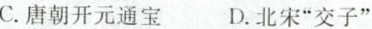
C.唐朝开元通宝 D.北宋”交子”